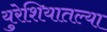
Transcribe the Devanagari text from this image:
युरेशियातल्या